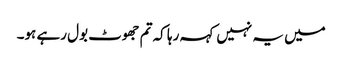
میں یہ نہیں کہہ رہا کہ تم جھوٹ بول رہے ہو۔